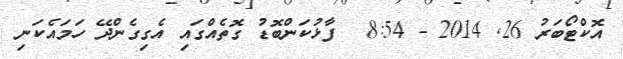
އޮކްޓޯބަރު 26